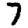
Digit: 7